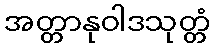
အတ္တာနုဝါဒသုတ္တံ